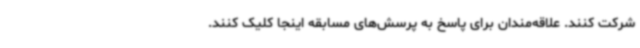
شرکت کنند. علاقه‌مندان برای پاسخ به پرسش‌های مسابقه اینجا کلیک کنند.